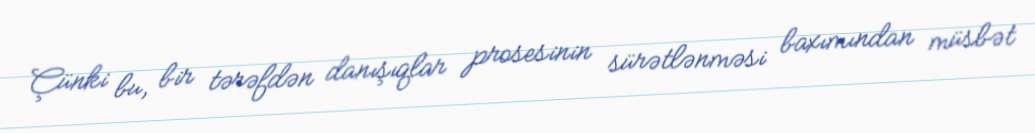
Çünki bu, bir tərəfdən danışıqlar prosesinin sürətlənməsi baxımından müsbət